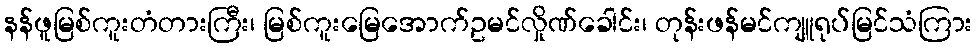
နန်ဖူမြစ်ကူးတံတားကြီး၊ မြစ်ကူးမြေအောက်ဥမင်လှိုဏ်ခေါင်း၊ တုန်းဖန်မင်ကျူရုပ်မြင်သံကြား